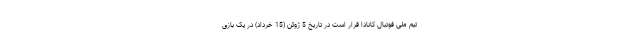
تیم ملی فوتبال کانادا قرار است در تاریخ 5 ژوئن (15 خرداد) در یک بازی